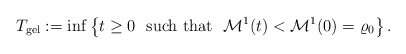
\begin{align*} T_{\mathrm{gel}}:= \inf\left\{t\geq 0 \ \ \mbox{such that} \ \ \mathcal{M}^{1}(t)<\mathcal{M}^{1}(0)=\varrho_{0}\right\}.\end{align*}